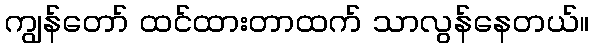
ကျွန်တော် ထင်ထားတာထက် သာလွန်နေတယ်။